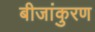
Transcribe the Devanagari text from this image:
बीजांकुरण